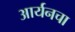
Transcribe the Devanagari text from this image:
आर्यनचा